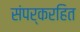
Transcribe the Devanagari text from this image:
संपर्करहित